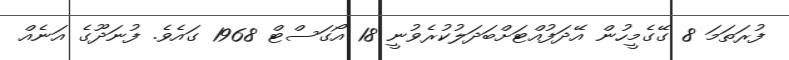
ފުރަތަމަ 8 ގޭގެމީހުން އޭދަފުއްޓަށްބަދަލުކުރެވުނީ 18 އޯގަސްޓް 1968 ގައެވެ. ފުނަދޫގެ އަނެއް